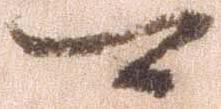
可